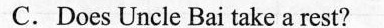
C.Does Uncle Bai take a rest?